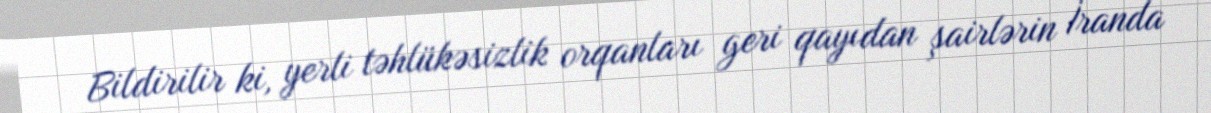
Bildirilir ki, yerli təhlükəsizlik orqanları geri qayıdan şairlərin İranda